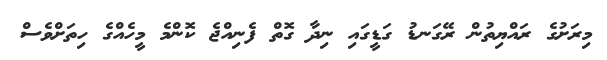
މިރަށުގެ ރައްޔިތުން ރޭގަނޑު ގަޑީގައި ނިދާ ގޮތް ފެނިއްޖެ ކޮންމެ މީހެއްގެ ހިތަށްވެސް